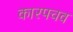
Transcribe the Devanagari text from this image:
कारपचव